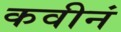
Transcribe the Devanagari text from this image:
कवीनं